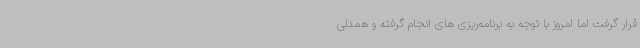
قرار گرفت اما امروز با توجه به برنامه‌ریزی های انجام گرفته و همدلی